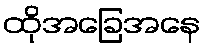
ထိုအခြေအနေ